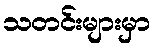
သတင်းများမှာ